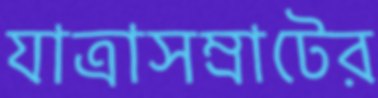
যাত্রাসম্রাটের